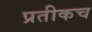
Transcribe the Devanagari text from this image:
प्रतीकच